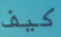
كيف